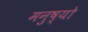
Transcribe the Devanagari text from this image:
मनुष्‍यो